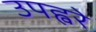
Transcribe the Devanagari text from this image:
उपह्वरे